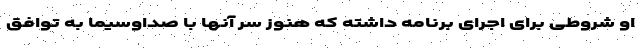
او شروطی برای اجرای برنامه داشته که هنوز سر آنها با صداوسیما به توافق